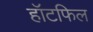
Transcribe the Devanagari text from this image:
हॉटफिल